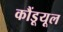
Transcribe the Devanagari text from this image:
कौंडूयूल